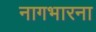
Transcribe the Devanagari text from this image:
नागभारना